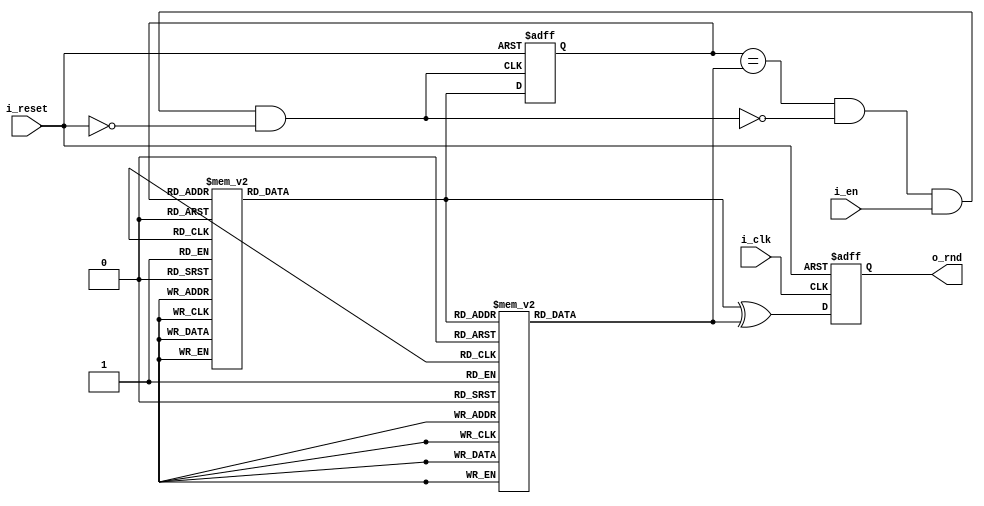

module sbentsrc #(
	parameter RNG_WIDTH = 4,
	parameter RESET = 1
	)(
	input wire i_clk,
	input wire i_reset,
	input wire i_en,
	output reg [RNG_WIDTH-1:0] o_rnd
	) /* synthesis syn_preserve = 1 */ ;

wire ff_reset = RESET & i_reset;	

function [3:0] sbox_f_hdminmax;
//design criterias:
//- invertible
//- out->in sequence visit all states
//- hamming distance between two consecutive states must be either 1 (the min) or 4 (the max)
    input [3:0] in;
    begin
        case(in)
        4'b0000: sbox_f_hdminmax = 4'b1111;//0->F, hd=4
        4'b1111: sbox_f_hdminmax = 4'b1110;//F->E, hd=1
        4'b1110: sbox_f_hdminmax = 4'b0001;//E->1, hd=4
        4'b0001: sbox_f_hdminmax = 4'b0011;//1->3, hd=1
        4'b0011: sbox_f_hdminmax = 4'b1100;//3->C, hd=4
        4'b1100: sbox_f_hdminmax = 4'b1101;//C->D, hd=1
        4'b1101: sbox_f_hdminmax = 4'b0010;//D->2, hd=4
        4'b0010: sbox_f_hdminmax = 4'b0110;//2->6, hd=1
        4'b0110: sbox_f_hdminmax = 4'b1001;//6->9, hd=4
        4'b1001: sbox_f_hdminmax = 4'b1000;//9->8, hd=1
        4'b1000: sbox_f_hdminmax = 4'b0111;//8->7, hd=4
        4'b0111: sbox_f_hdminmax = 4'b0101;//7->5, hd=1
        4'b0101: sbox_f_hdminmax = 4'b1010;//5->A, hd=4
        4'b1010: sbox_f_hdminmax = 4'b1011;//A->B, hd=1
        4'b1011: sbox_f_hdminmax = 4'b0100;//B->4, hd=4
        4'b0100: sbox_f_hdminmax = 4'b0000;//4->0, hd=1   
        endcase
    end
endfunction

function [3:0] inv_sbox_f_hdminmax;
    input [3:0] in;
    begin
        case(in)
        4'b1111: inv_sbox_f_hdminmax = 4'b0000;//F->0, hd=4
        4'b1110: inv_sbox_f_hdminmax = 4'b1111;//E->F, hd=1
        4'b0001: inv_sbox_f_hdminmax = 4'b1110;//1->E, hd=4
        4'b0011: inv_sbox_f_hdminmax = 4'b0001;//3->1, hd=1
        4'b1100: inv_sbox_f_hdminmax = 4'b0011;//C->3, hd=4
        4'b1101: inv_sbox_f_hdminmax = 4'b1100;//D->C, hd=1
        4'b0010: inv_sbox_f_hdminmax = 4'b1101;//2->D, hd=4
        4'b0110: inv_sbox_f_hdminmax = 4'b0010;//6->2, hd=1
        4'b1001: inv_sbox_f_hdminmax = 4'b0110;//9->6, hd=4
        4'b1000: inv_sbox_f_hdminmax = 4'b1001;//8->9, hd=1
        4'b0111: inv_sbox_f_hdminmax = 4'b1000;//7->8, hd=4
        4'b0101: inv_sbox_f_hdminmax = 4'b0111;//5->7, hd=1
        4'b1010: inv_sbox_f_hdminmax = 4'b0101;//A->5, hd=4
        4'b1011: inv_sbox_f_hdminmax = 4'b1010;//B->A, hd=1
        4'b0100: inv_sbox_f_hdminmax = 4'b1011;//4->B, hd=4
        4'b0000: inv_sbox_f_hdminmax = 4'b0100;//0->4, hd=1  
        endcase
    end
endfunction

function [3:0] sbox_f_hdvar;
//design criterias:
//- invertible
//- out->in sequence visit all states
//- hamming distance between two consecutive states must be a mixture of 1,2,3,4 
    input [3:0] in;
    begin
        case(in)
        4'b0000: sbox_f_hdvar = 4'b0011;//0->3, hd=2
        4'b0011: sbox_f_hdvar = 4'b1100;//3->C, hd=4
        4'b1100: sbox_f_hdvar = 4'b1010;//C->A, hd=2
        4'b1010: sbox_f_hdvar = 4'b0001;//A->1, hd=3
        4'b0001: sbox_f_hdvar = 4'b0110;//1->6, hd=3
        4'b0110: sbox_f_hdvar = 4'b1001;//6->9, hd=4
        4'b1001: sbox_f_hdvar = 4'b1000;//9->8, hd=1
        4'b1000: sbox_f_hdvar = 4'b0101;//8->5, hd=3
        4'b0101: sbox_f_hdvar = 4'b0100;//5->4, hd=1
        4'b0100: sbox_f_hdvar = 4'b1101;//4->D, hd=2
        4'b1101: sbox_f_hdvar = 4'b0010;//D->2, hd=4
        4'b0010: sbox_f_hdvar = 4'b1111;//2->F, hd=3
        4'b1111: sbox_f_hdvar = 4'b1110;//F->E, hd=1
        4'b1110: sbox_f_hdvar = 4'b0111;//E->7, hd=2
        4'b0111: sbox_f_hdvar = 4'b1011;//7->B, hd=2
        4'b1011: sbox_f_hdvar = 4'b0000;//B->0, hd=3   
        endcase
    end
endfunction

function [3:0] inv_sbox_f_hdvar;
    input [3:0] in;
    begin
        case(in)
        4'b0011: inv_sbox_f_hdvar = 4'b0000;//3->0, hd=2
        4'b1100: inv_sbox_f_hdvar = 4'b0011;//C->3, hd=4
        4'b1010: inv_sbox_f_hdvar = 4'b1100;//A->C, hd=2
        4'b0001: inv_sbox_f_hdvar = 4'b1010;//1->A, hd=3
        4'b0110: inv_sbox_f_hdvar = 4'b0001;//6->1, hd=3
        4'b1001: inv_sbox_f_hdvar = 4'b0110;//9->6, hd=4
        4'b1000: inv_sbox_f_hdvar = 4'b1001;//8->9, hd=1
        4'b0101: inv_sbox_f_hdvar = 4'b1000;//5->8, hd=3
        4'b0100: inv_sbox_f_hdvar = 4'b0101;//4->5, hd=1
        4'b1101: inv_sbox_f_hdvar = 4'b0100;//D->4, hd=2
        4'b0010: inv_sbox_f_hdvar = 4'b1101;//2->D, hd=4
        4'b1111: inv_sbox_f_hdvar = 4'b0010;//F->2, hd=3
        4'b1110: inv_sbox_f_hdvar = 4'b1111;//E->F, hd=1
        4'b0111: inv_sbox_f_hdvar = 4'b1110;//7->E, hd=2
        4'b1011: inv_sbox_f_hdvar = 4'b0111;//B->7, hd=2
        4'b0000: inv_sbox_f_hdvar = 4'b1011;//0->B, hd=3   
        endcase
    end
endfunction
	
function [3:0] sbox_f_min_hd2;
//design criterias:
//- invertible
//- out->in sequence visit all states
//- hamming distance between two consecutive states >=2 
    input [3:0] in;
    begin
        case(in)
        4'b0000: sbox_f_min_hd2 = 4'b0011;//0->3, hd=2
        4'b0011: sbox_f_min_hd2 = 4'b1100;//3->C, hd=4
        4'b1100: sbox_f_min_hd2 = 4'b1010;//C->A, hd=2
        4'b1010: sbox_f_min_hd2 = 4'b0001;//A->1, hd=3
        4'b0001: sbox_f_min_hd2 = 4'b0110;//1->6, hd=3
        4'b0110: sbox_f_min_hd2 = 4'b1111;//6->F, hd=2
        4'b1111: sbox_f_min_hd2 = 4'b0101;//F->5, hd=2
        4'b0101: sbox_f_min_hd2 = 4'b1000;//5->8, hd=3
        4'b1000: sbox_f_min_hd2 = 4'b1011;//8->B, hd=2
        4'b1011: sbox_f_min_hd2 = 4'b1101;//B->D, hd=2
        4'b1101: sbox_f_min_hd2 = 4'b0111;//D->7, hd=2
        4'b0111: sbox_f_min_hd2 = 4'b0010;//7->2, hd=2
        4'b0010: sbox_f_min_hd2 = 4'b1001;//2->9, hd=3
        4'b1001: sbox_f_min_hd2 = 4'b0100;//9->4, hd=3
        4'b0100: sbox_f_min_hd2 = 4'b1110;//4->E, hd=2
        4'b1110: sbox_f_min_hd2 = 4'b0000;//E->0, hd=3   
        endcase
    end
endfunction

function [3:0] inv_sbox_f_min_hd2;
    input [3:0] in;
    begin
        case(in)

        4'b0011: inv_sbox_f_min_hd2 = 4'b0000;//3->0, hd=2
        4'b1100: inv_sbox_f_min_hd2 = 4'b0011;//C->3, hd=4
        4'b1010: inv_sbox_f_min_hd2 = 4'b1100;//A->C, hd=2
        4'b0001: inv_sbox_f_min_hd2 = 4'b1010;//1->A, hd=3
        4'b0110: inv_sbox_f_min_hd2 = 4'b0001;//6->1, hd=3
        4'b1111: inv_sbox_f_min_hd2 = 4'b0110;//F->6, hd=2
        4'b0101: inv_sbox_f_min_hd2 = 4'b1111;//5->F, hd=2
        4'b1000: inv_sbox_f_min_hd2 = 4'b0101;//8->5, hd=3
        4'b1011: inv_sbox_f_min_hd2 = 4'b1000;//B->8, hd=2
        4'b1101: inv_sbox_f_min_hd2 = 4'b1011;//D->B, hd=2
        4'b0111: inv_sbox_f_min_hd2 = 4'b1101;//7->D, hd=2
        4'b0010: inv_sbox_f_min_hd2 = 4'b0111;//2->7, hd=2
        4'b1001: inv_sbox_f_min_hd2 = 4'b0010;//9->2, hd=3
        4'b0100: inv_sbox_f_min_hd2 = 4'b1001;//4->9, hd=3
        4'b1110: inv_sbox_f_min_hd2 = 4'b0100;//E->4, hd=2
        4'b0000: inv_sbox_f_min_hd2 = 4'b1110;//0->E, hd=3   

        endcase
    end
endfunction

function [3:0] sbox_f_hd3;
//design criterias:
//- invertible
//- out->in sequence visit all states
//- hamming distance between two consecutive states >=3 
    input [3:0] in;
    begin
        case(in)
		4'b0000: sbox_f_hd3 = 4'b1110;//0->E, hd=3
        4'b1110: sbox_f_hd3 = 4'b0011;//E->3, hd=3
        4'b0011: sbox_f_hd3 = 4'b1101;//3->D, hd=3
        4'b1101: sbox_f_hd3 = 4'b0110;//D->6, hd=3
        4'b0110: sbox_f_hd3 = 4'b1000;//6->8, hd=3
        4'b1000: sbox_f_hd3 = 4'b0101;//8->5, hd=3
        4'b0101: sbox_f_hd3 = 4'b1011;//5->B, hd=3
        4'b1011: sbox_f_hd3 = 4'b1100;//B->C, hd=3
        4'b1100: sbox_f_hd3 = 4'b0010;//C->2, hd=3
        4'b0010: sbox_f_hd3 = 4'b1111;//2->F, hd=3
        4'b1111: sbox_f_hd3 = 4'b0001;//F->1, hd=3
        4'b0001: sbox_f_hd3 = 4'b1010;//1->A, hd=3
        4'b1010: sbox_f_hd3 = 4'b0100;//A->4, hd=3
        4'b0100: sbox_f_hd3 = 4'b1001;//4->9, hd=3
        4'b1001: sbox_f_hd3 = 4'b0111;//9->7, hd=3
		4'b0111: sbox_f_hd3 = 4'b0000;//7->0, hd=3
        endcase
    end
endfunction

function [3:0] inv_sbox_f_hd3;
    input [3:0] in;
    begin
        case(in)
		4'b1110: inv_sbox_f_hd3 = 4'b0000;//E->0, hd=3
        4'b0011: inv_sbox_f_hd3 = 4'b1110;//3->E, hd=3
        4'b1101: inv_sbox_f_hd3 = 4'b0011;//D->3, hd=3
        4'b0110: inv_sbox_f_hd3 = 4'b1101;//6->D, hd=3
        4'b1000: inv_sbox_f_hd3 = 4'b0110;//8->6, hd=3
        4'b0101: inv_sbox_f_hd3 = 4'b1000;//5->8, hd=3
        4'b1011: inv_sbox_f_hd3 = 4'b0101;//B->5, hd=3
        4'b1100: inv_sbox_f_hd3 = 4'b1011;//C->B, hd=3
        4'b0010: inv_sbox_f_hd3 = 4'b1100;//2->C, hd=3
        4'b1111: inv_sbox_f_hd3 = 4'b0010;//F->2, hd=3
        4'b0001: inv_sbox_f_hd3 = 4'b1111;//1->F, hd=3
        4'b1010: inv_sbox_f_hd3 = 4'b0001;//A->1, hd=3
        4'b0100: inv_sbox_f_hd3 = 4'b1010;//4->A, hd=3
        4'b1001: inv_sbox_f_hd3 = 4'b0100;//9->4, hd=3
        4'b0111: inv_sbox_f_hd3 = 4'b1001;//7->9, hd=3
		4'b0000: inv_sbox_f_hd3 = 4'b0111;//0->7, hd=3
        endcase
    end
endfunction

function [3:0] sbox_f;
    input [3:0] in;
    begin
        sbox_f = sbox_f_hdvar(in);
    end
endfunction

function [3:0] inv_sbox_f;
    input [3:0] in;
    begin
        inv_sbox_f = inv_sbox_f_hdvar(in);
    end
endfunction

reg [RNG_WIDTH-1:0] in,out,check;
localparam NSBOXES = RNG_WIDTH/4;
reg [NSBOXES-1:0] match;
//wire [NSBOXES-1:0] #250 delayed_match = match;//needed for simulation purposes
always @* begin: MATCH
    integer i;
	for(i=0;i<NSBOXES;i=i+1) begin
		#250 match[i] = (in[i*4+:4]==check[i*4+:4]) & ~match[i] & i_en & ~i_reset;//combinational loop here is intentional, we need it to start the operations
	end
end

genvar sbox_index;
generate
for(sbox_index=0;sbox_index<NSBOXES;sbox_index=sbox_index+1) begin: IN
  always @(posedge match[sbox_index], posedge ff_reset) begin
	if(ff_reset) in[sbox_index*4+:4] <= {4{1'b0}};
	else in[sbox_index*4+:4] <= out[sbox_index*4+:4];
  end
end
endgenerate

always @* begin: OUT
    integer i;
	for(i=0;i<NSBOXES;i=i+1) begin
		#1000 out[i*4+:4] = sbox_f(in[i*4+:4]);
	end
end

always @* begin: CHECK_REG
    integer i;
	for(i=0;i<NSBOXES;i=i+1) begin
		#1000 check[i*4+:4] = inv_sbox_f(out[i*4+:4]);
	end
end

always @(posedge i_clk, posedge ff_reset) begin: SAMPLER
	if(ff_reset) o_rnd <= {RNG_WIDTH{1'b0}};
	else o_rnd <= out ^ check;
end

endmodule